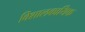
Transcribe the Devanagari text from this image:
विशालकायिक